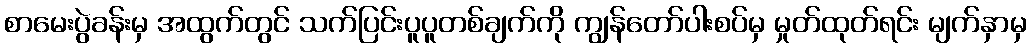
စာမေးပွဲခန်းမှ အထွက်တွင် သက်ပြင်းပူပူတစ်ချက်ကို ကျွန်တော်ပါးစပ်မှ မှုတ်ထုတ်ရင်း မျက်နှာမှ